Civil Veterinary Department. United Provinces 1912-22 - 1912-1922
Year: 1912
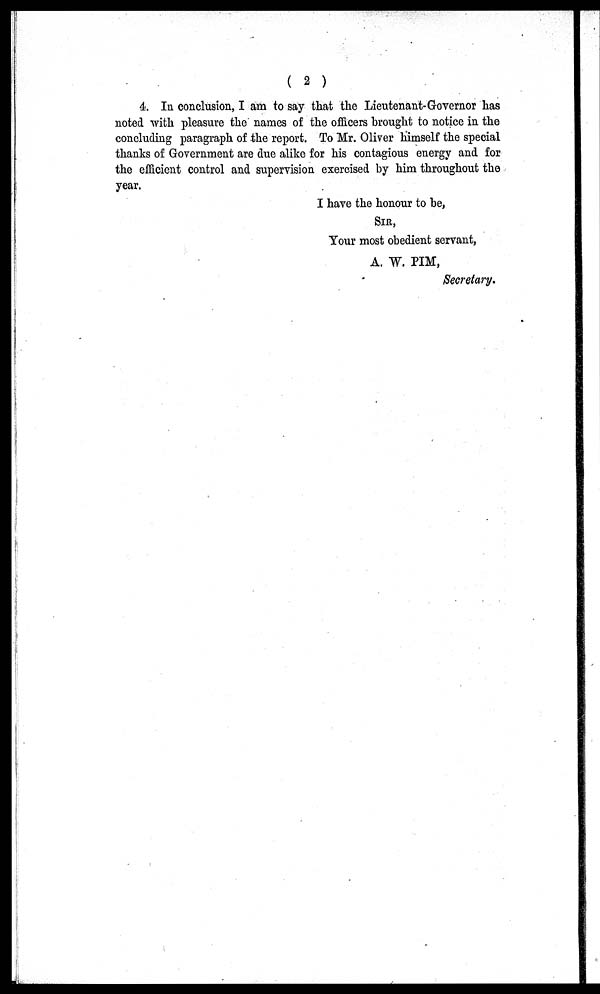
( 2 )
4. In conclusion, I am to say that the Lieutenant-Governor has
noted with pleasure the names of the officers brought to notice in the
concluding paragraph of the report. To Mr. Oliver himself the special
thanks of Government are due alike for his contagious energy and for
the efficient control and supervision exercised by him throughout the
year.
I have the honour to he,
SIR,
Your most obedient servant,
A. W. PIM,
Secretary,